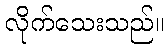
လိုက်သေးသည်။